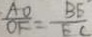
\frac { A O } { O F } = \frac { B E } { E C }